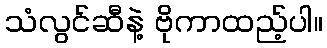
သံလွင်ဆီနဲ့ ဗိုကာထည့်ပါ။